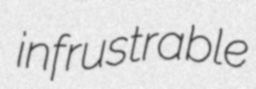
infrustrable